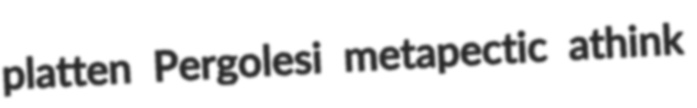
platten Pergolesi metapectic athink